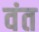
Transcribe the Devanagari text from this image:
वंत